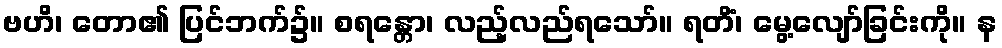
ဗဟိ၊ တော၏ ပြင်ဘက်၌။ စရန္တော၊ လည့်လည်ရသော်။ ရတိံ၊ မွေ့လျော်ခြင်းကို။ န